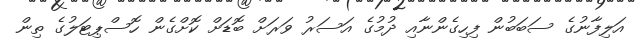
އަލިފާނުގެ ސަބަބުން ފިހިގެންނާއި ދުމުގެ އަސަރު ވަރަށް ބޮޑަށް ކޮށްގެން ހޮސްޕިޓަލުގެ ތިން